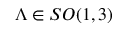
\Lambda \in S O ( 1 , 3 )